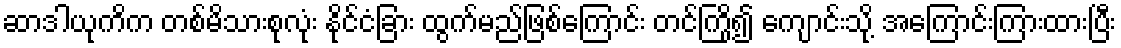
ဆာဒါယုကိက တစ်မိသားစုလုံး နိုင်ငံခြား ထွက်မည်ဖြစ်ကြောင်း တင်ကြို၍ ကျောင်းသို့ အကြောင်းကြားထားပြီး